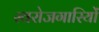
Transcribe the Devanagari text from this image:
स्वरोजगारियों